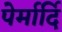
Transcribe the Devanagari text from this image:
पेर्मार्दि